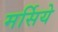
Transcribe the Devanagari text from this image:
मर्सिये